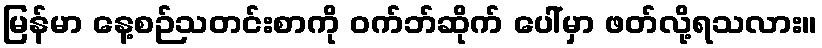
မြန်မာ နေ့စဉ်သတင်းစာကို ဝက်ဘ်ဆိုက် ပေါ်မှာ ဖတ်လို့ရသလား။